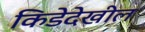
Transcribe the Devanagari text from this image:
किडेदेखील